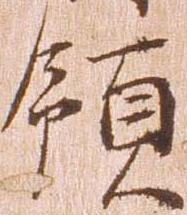
領